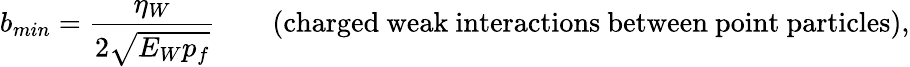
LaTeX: b_{min}=\frac{\eta_{W}}{2\sqrt{E_{W}p_{f}}}\qquad\mathrm{(charged~weak~interactions~between~point~particles),}